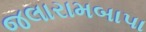
જલારામબાપા